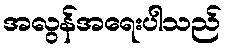
အလွန်အရေးပါသည်